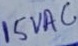
Text: 15VAC